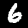
Digit: 6